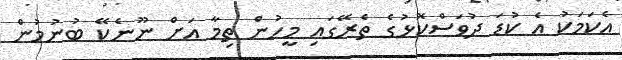
އެކަމަކު އެ ކުޑަ ދުވަސްކޮޅުގެ ތެރޭގައި މީހުން ތިމާ އަށް ނޫނެކޭ ބުނުމުން